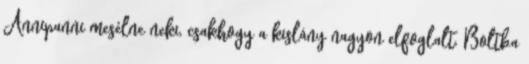
Annipanni mesélne neki, csakhogy a kislány nagyon elfoglalt. Boltba